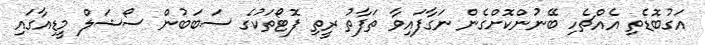
އަގުބޮޑެތި އެއްޗެހި ބޭނުންކޮށްގެން ނަގާފައިވާ ތަފާތު ރީތި ފޮޓޯތަކުގެ ސަބަބުން ސޯޝަލް މީޑިއާގައި